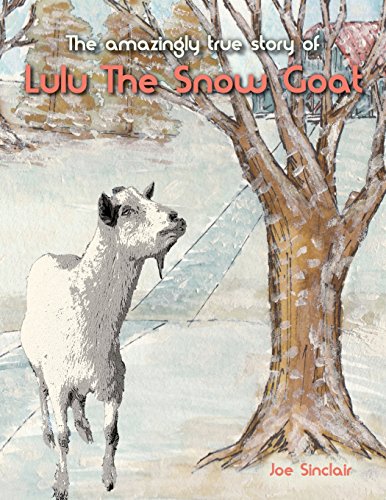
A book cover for Lulu The Snow Goat; Joe Sinclair; Humor & Entertainment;